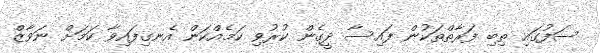
ސަފުގައި ތިބި ފަރާތްތަކުން ފައިސާ ދީގެން ކުރުވި ކަމެއްކަން އެނގިފައިވާ ކަމަށް ނަވާޒް